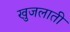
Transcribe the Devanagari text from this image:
खुजलाती